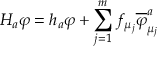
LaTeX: H _ { a } \varphi = h _ { a } \varphi + \sum _ { j = 1 } ^ { m } f _ { \mu _ { j } } \overline { { { \varphi } } } _ { \mu _ { j } } ^ { a }